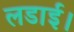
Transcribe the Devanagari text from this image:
लडाई।